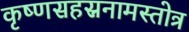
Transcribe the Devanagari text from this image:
कृष्णसहस्रनामस्तोत्र